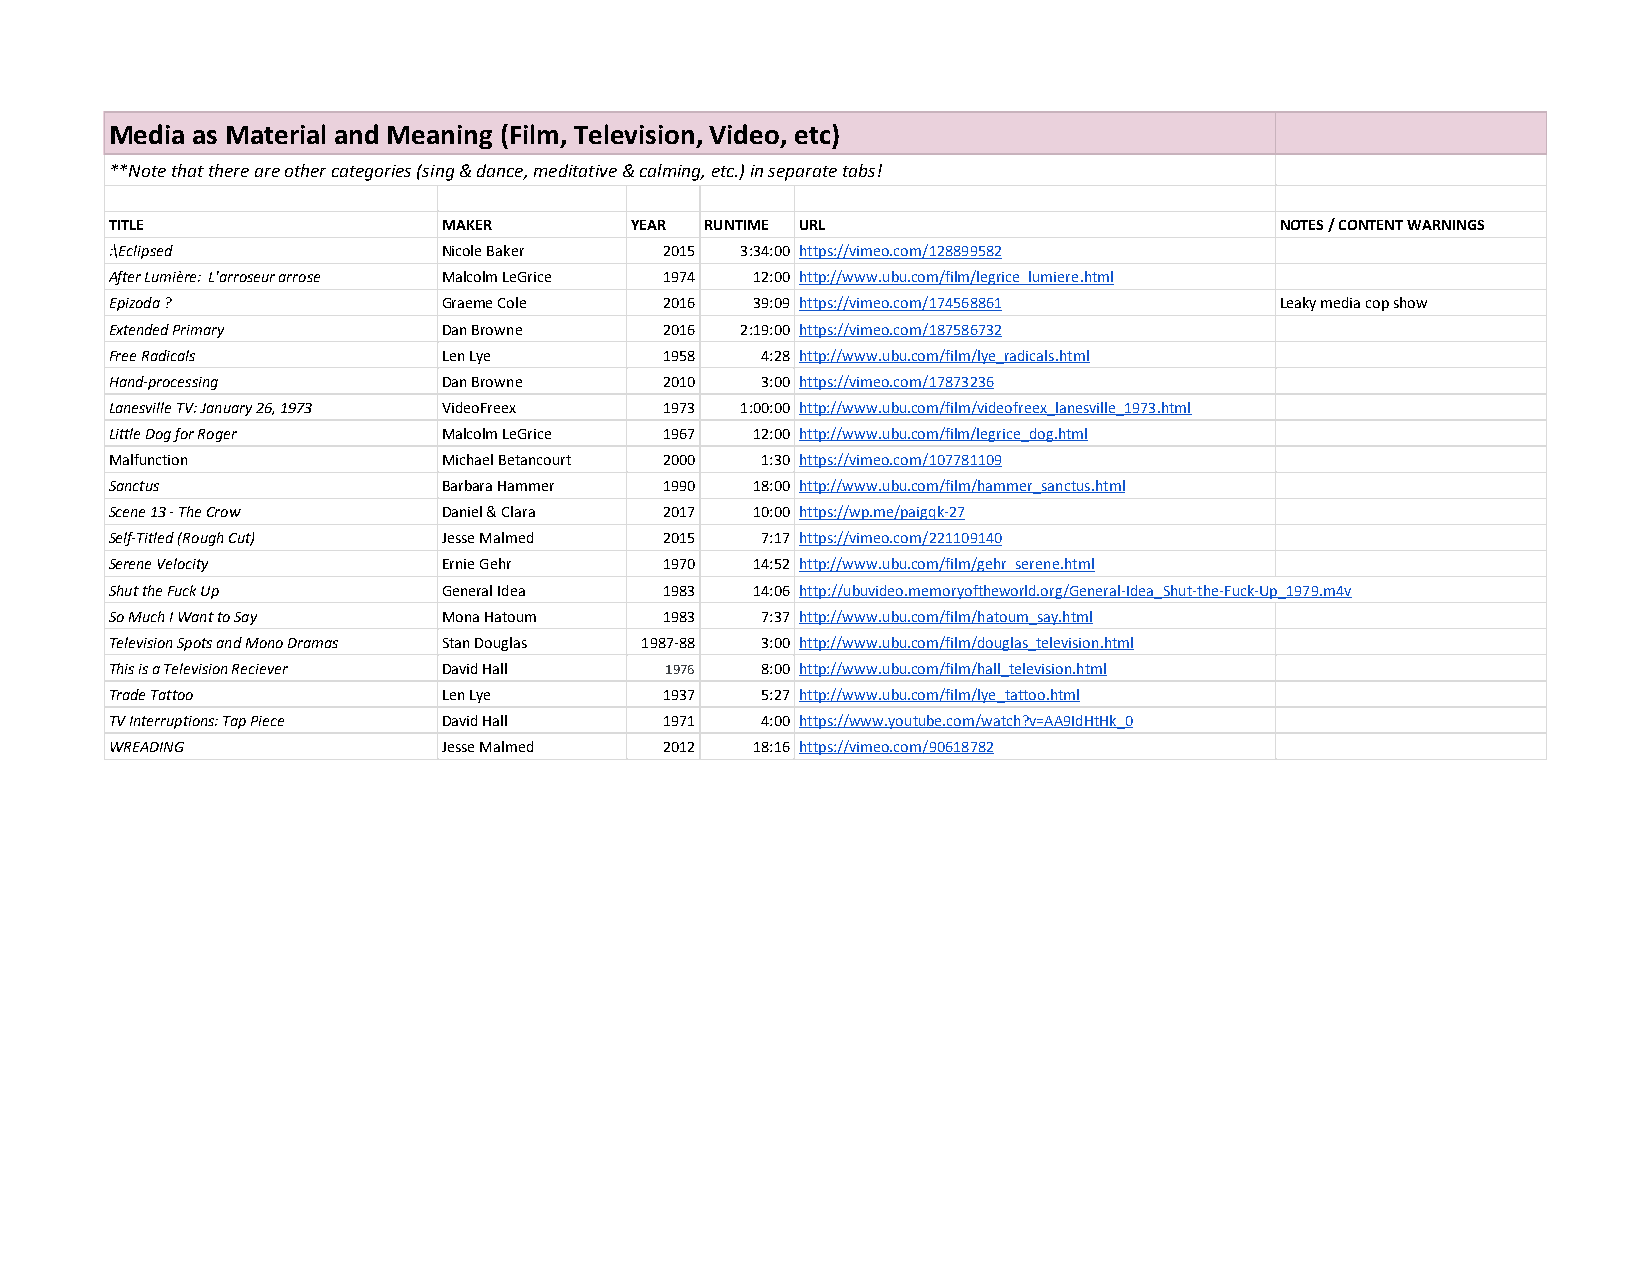
Media as Material and Meaning (Film, Television, Video, etc)
 **Note that there are other categories (sing & dance, meditative & calming, etc.) in separate tabs!
 TITLE                 MAKER        YEAR RUNTIME URL                           NOTES / CONTENT WARNINGS
 :\Eclipsed            Nicole Baker   2015 3:34:00 https://vimeo.com/128899582
 After Lumière: L'arroseur arrose Malcolm LeGrice 1974 12:00 http://www.ubu.com/film/legrice_lumiere.html
 Epizoda ?             Graeme Cole    2016  39:09 https://vimeo.com/174568861  Leaky media cop show
 Extended Primary      Dan Browne     2016 2:19:00 https://vimeo.com/187586732
 Free Radicals         Len Lye        1958  4:28 http://www.ubu.com/film/lye_radicals.html
 Hand-processing       Dan Browne     2010  3:00 https://vimeo.com/17873236
 Lanesville TV: January 26, 1973 VideoFreex 1973 1:00:00 http://www.ubu.com/film/videofreex_lanesville_1973.html
 Little Dog for Roger  Malcolm LeGrice 1967 12:00 http://www.ubu.com/film/legrice_dog.html
 Malfunction           Michael Betancourt 2000 1:30 https://vimeo.com/107781109
 Sanctus               Barbara Hammer 1990  18:00 http://www.ubu.com/film/hammer_sanctus.html
 Scene 13 - The Crow   Daniel & Clara 2017  10:00 https://wp.me/paigqk-27
 Self-Titled (Rough Cut) Jesse Malmed 2015  7:17 https://vimeo.com/221109140
 Serene Velocity       Ernie Gehr     1970  14:52 http://www.ubu.com/film/gehr_serene.html
 Shut the Fuck Up      General Idea   1983  14:06 http://ubuvideo.memoryoftheworld.org/General-Idea_Shut-the-Fuck-Up_1979.m4v
 So Much I Want to Say Mona Hatoum    1983  7:37 http://www.ubu.com/film/hatoum_say.html
 Television Spots and Mono Dramas Stan Douglas 1987-88 3:00 http://www.ubu.com/film/douglas_television.html
 This is a Television Reciever David Hall 1976 8:00 http://www.ubu.com/film/hall_television.html
 Trade Tattoo          Len Lye        1937  5:27 http://www.ubu.com/film/lye_tattoo.html
 TV Interruptions: Tap Piece David Hall 1971 4:00 https://www.youtube.com/watch?v=AA9IdHtHk_0
 WREADING              Jesse Malmed   2012  18:16 https://vimeo.com/90618782